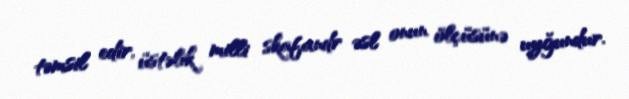
təmsil edir, üstəlik milli skafandr əsl onun ölçüsünə uyğundur.